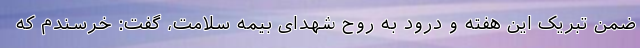
ضمن تبریک این هفته و درود به روح شهدای بیمه سلامت، گفت: خرسندم که